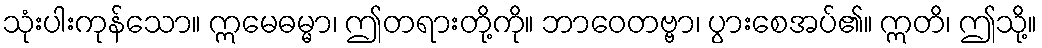
သုံးပါးကုန်သော။ ဣမေဓမ္မာ၊ ဤတရားတို့ကို။ ဘာဝေတဗ္ဗာ၊ ပွားစေအပ်၏။ ဣတိ၊ ဤသို့။